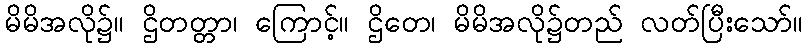
မိမိအလို၌။ ဌိတတ္တာ၊ ကြောင့်။ ဌိတေ၊ မိမိအလို၌တည် လတ်ပြီးသော်။